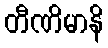
တီဏိမာနိ